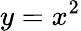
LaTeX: y=x^{2}